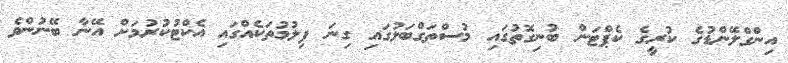
އިންގްލޭންޑުގެ ކުރީގެ ކެޕްޓަން ބުނިގޮތުގައި މުސްތަގްބަލުގައި ގިނަ ފިލުމުތަކެއްގައި އެކްޓުކުރުމަށް އޭނާ ބޭނުންވެ